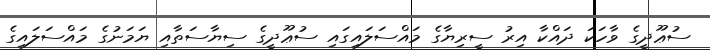
ސުޢޫދީގެ ވާހަކަ ދައްކާ އިރު ސީރިޔާގެ މައްސަލައިގައި ސުޢޫދީގެ ސިޔާސަތާއި ޔަމަނުގެ މައްސަލައިގެ